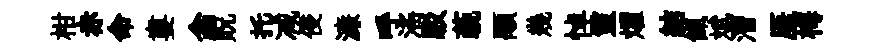
柑赤命婁翕貺托减侵濓呼滛駁藐顒幾悼靈燿結餼斌漕厓梅